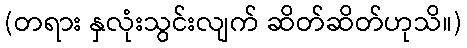
(တရား နှလုံးသွင်းလျက် ဆိတ်ဆိတ်ဟုသိ။)